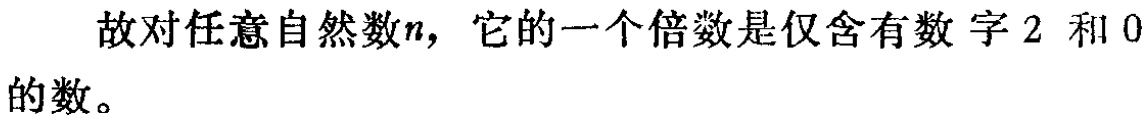
故对任意自然数\(n\)，它的一个倍数是仅含有数字\(2\)和\(0\)的数。